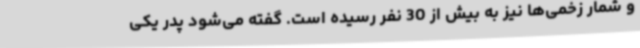
و شمار زخمی‌ها نیز به بیش از 30 نفر رسیده است. گفته می‌شود پدر یکی